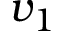
v _ { 1 }